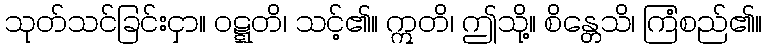
သုတ်သင်ခြင်းငှာ။ ဝဋ္ဋတိ၊ သင့်၏။ ဣတိ၊ ဤသို့။ စိန္တေသိ၊ ကြံစည်၏။